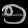
Digit: ၅